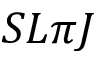
S L \pi J